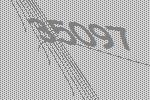
35097